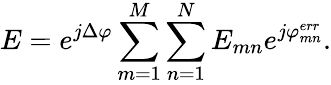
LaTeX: E=e^{j\Delta\varphi}\sum_{m=1}^{M}\sum_{n=1}^{N}E_{mn}e^{j\varphi_{mn}^{err}}.